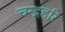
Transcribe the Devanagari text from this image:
चन्द्रहरि